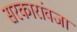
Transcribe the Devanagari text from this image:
सरकारांवजा